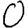
Digit: 0